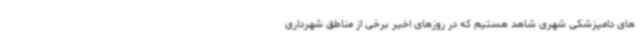
های دامپزشکی شهری شاهد هستیم که در روزهای اخیر برخی از مناطق شهرداری